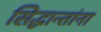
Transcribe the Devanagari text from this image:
सिद्धान्तांना